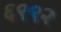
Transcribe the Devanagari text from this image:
६९९२